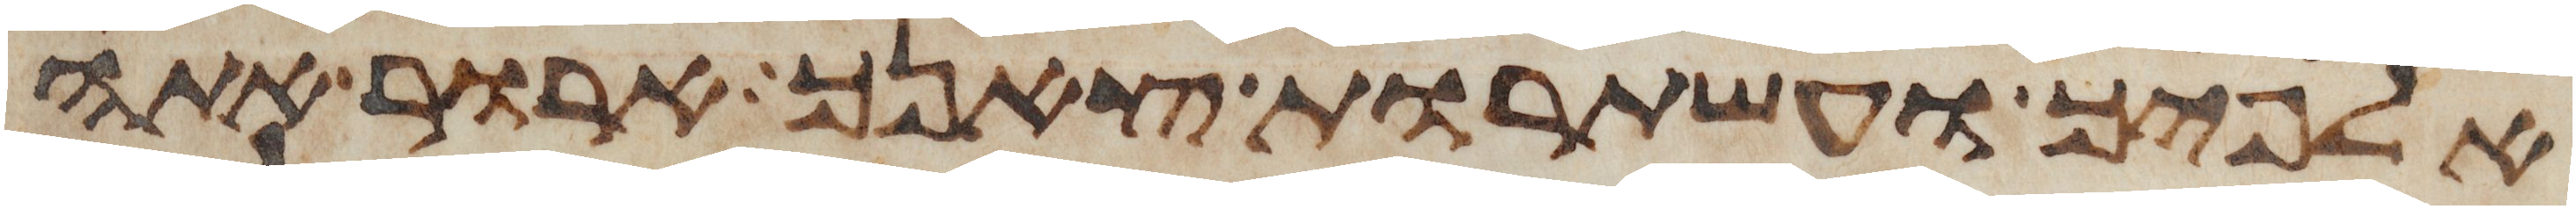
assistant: אלפיך ועשתרות צאנך ארור אתה